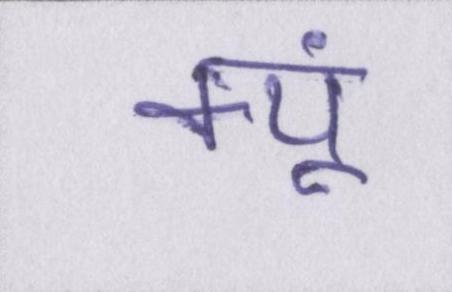
क्यूं